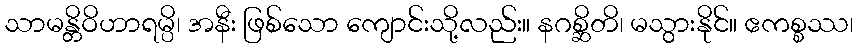
သာမန္တိဝိဟာရမ္ပိ၊ အနီး ဖြစ်သော ကျောင်းသို့လည်း။ နဂစ္ဆိတိ၊ မသွားနိုင်။ ဧကစ္စဿ၊